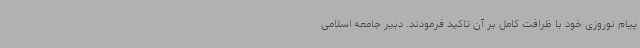
پیام نوروزی خود با ظرافت کامل بر آن تاکید فرمودند. دبیر جامعه اسلامی